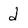
Character: d